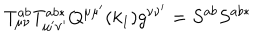
T _ { \mu \nu } ^ { a b } T _ { \mu ^ { \prime } \nu ^ { \prime } } ^ { a b * } Q ^ { \mu \mu ^ { \prime } } ( k _ { 1 } ) g ^ { \nu \nu ^ { \prime } } = S ^ { a b } S ^ { a b * }